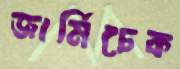
জার্মিচেক